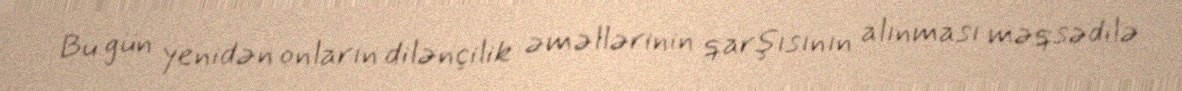
Bu gün yenidən onların dilənçilik əməllərinin qarşısının alınması məqsədilə